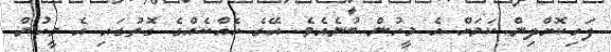
ފަހިކޮށްދިން ކަމަށް އެ މީހުން ބުނެއެވެ. އޭގެ ހެއްކެއްގެ ގޮތުގައި އެ މީހުން